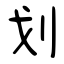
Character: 划